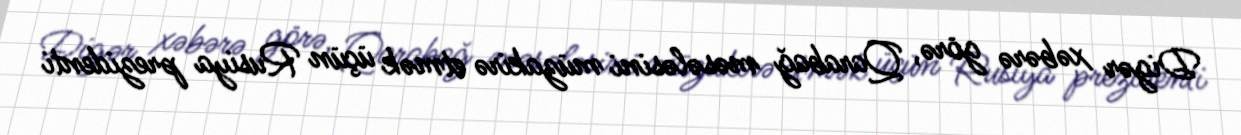
Digər xəbərə görə, Qarabağ məsələsini müzakirə etmək üçün Rusiya prezidenti